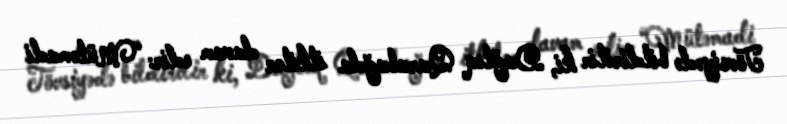
Tövsiyədə bildirilir ki, Dağlıq Qarabağda itkilər davam edir: “Mütəmadi